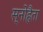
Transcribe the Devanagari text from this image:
स्नोहैता